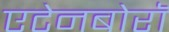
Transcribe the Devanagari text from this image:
एटेनबोरॉ